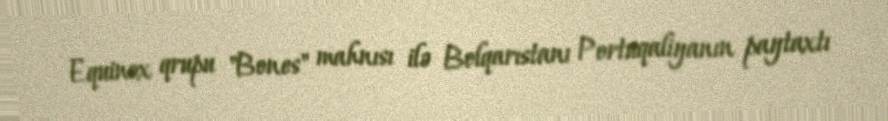
Equinox qrupu "Bones" mahnısı ilə Bolqarıstanı Portuqaliyanın paytaxtı